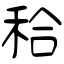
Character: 秴